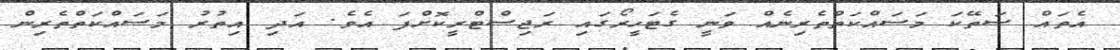
އެތައް ސަތޭކަ މަސައްކަތްތެރިނެއް ވަނީ ގެޓަހީރޯގައި ރަޖިސްޓްރީކޮށްފަ އެވެ. އަދި އިތުރު މަސައްކަތްތެރިން